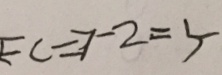
E C \Rightarrow - 2 = 5